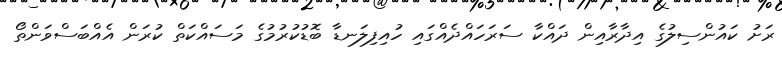
ރަށު ކައުންސިލުގެ އިދާރާއިން ދައްކާ ސަރަހައްދެއްގައި ހުއިފިލަނޑާ ބޮޑުކުރުމުގެ މަސައްކަތް ކުރަން އެއްބަސްވަންތޯ